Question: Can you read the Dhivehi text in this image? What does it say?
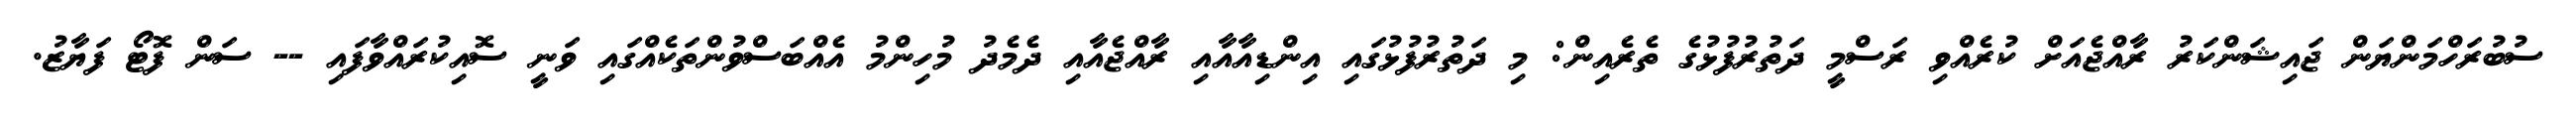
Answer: ސުބުރަހްމަންޔަން ޖައިޝަންކަރު ރާއްޖެއަށް ކުރެއްވި ރަސްމީ ދަތުރުފުޅުގެ ތެރެއިން: މި ދަތުރުފުޅުގައި އިންޑިއާއާއި ރާއްޖެއާއި ދެމެދު މުހިންމު އެއްބަސްވުންތަކެއްގައި ވަނީ ސޮއިކުރައްވާފައި -- ސަން ފޮޓޯ ފަޔާޒު.